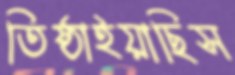
তিষ্ঠাইয়াছিস